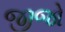
જીજો